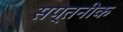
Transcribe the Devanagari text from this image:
सप्तनीक